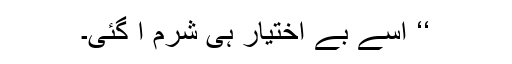
‘‘ اسے بے اختیار ہی شرم آ گئی۔